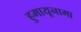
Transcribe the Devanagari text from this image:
हुमायूनामा